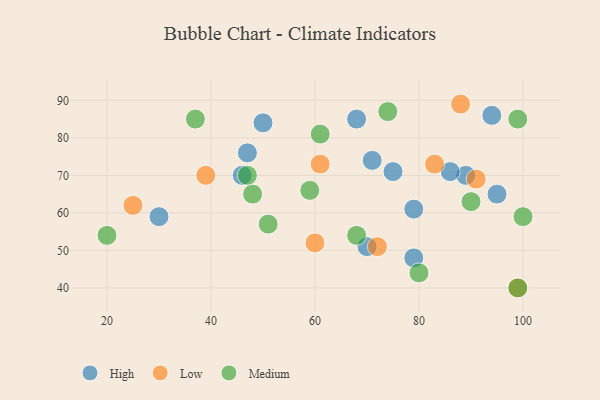
{"axis": {"x": "GDP", "y": "Life Expectancy"}, "legend": ["High", "Low", "Medium"], "data": [{"x": "30", "y": 59, "type": "High"}, {"x": "94", "y": 86, "type": "High"}, {"x": "89", "y": 70, "type": "High"}, {"x": "68", "y": 85, "type": "High"}, {"x": "79", "y": 48, "type": "High"}, {"x": "70", "y": 51, "type": "High"}, {"x": "75", "y": 71, "type": "High"}, {"x": "79", "y": 61, "type": "High"}, {"x": "46", "y": 70, "type": "High"}, {"x": "50", "y": 84, "type": "High"}, {"x": "47", "y": 76, "type": "High"}, {"x": "95", "y": 65, "type": "High"}, {"x": "71", "y": 74, "type": "High"}, {"x": "86", "y": 71, "type": "High"}, {"x": "39", "y": 70, "type": "Low"}, {"x": "91", "y": 69, "type": "Low"}, {"x": "61", "y": 73, "type": "Low"}, {"x": "88", "y": 89, "type": "Low"}, {"x": "72", "y": 51, "type": "Low"}, {"x": "25", "y": 62, "type": "Low"}, {"x": "83", "y": 73, "type": "Low"}, {"x": "99", "y": 40, "type": "Low"}, {"x": "60", "y": 52, "type": "Low"}, {"x": "48", "y": 65, "type": "Medium"}, {"x": "74", "y": 87, "type": "Medium"}, {"x": "80", "y": 44, "type": "Medium"}, {"x": "20", "y": 54, "type": "Medium"}, {"x": "51", "y": 57, "type": "Medium"}, {"x": "59", "y": 66, "type": "Medium"}, {"x": "100", "y": 59, "type": "Medium"}, {"x": "47", "y": 70, "type": "Medium"}, {"x": "68", "y": 54, "type": "Medium"}, {"x": "61", "y": 81, "type": "Medium"}, {"x": "37", "y": 85, "type": "Medium"}, {"x": "99", "y": 40, "type": "Medium"}, {"x": "90", "y": 63, "type": "Medium"}, {"x": "99", "y": 85, "type": "Medium"}]}